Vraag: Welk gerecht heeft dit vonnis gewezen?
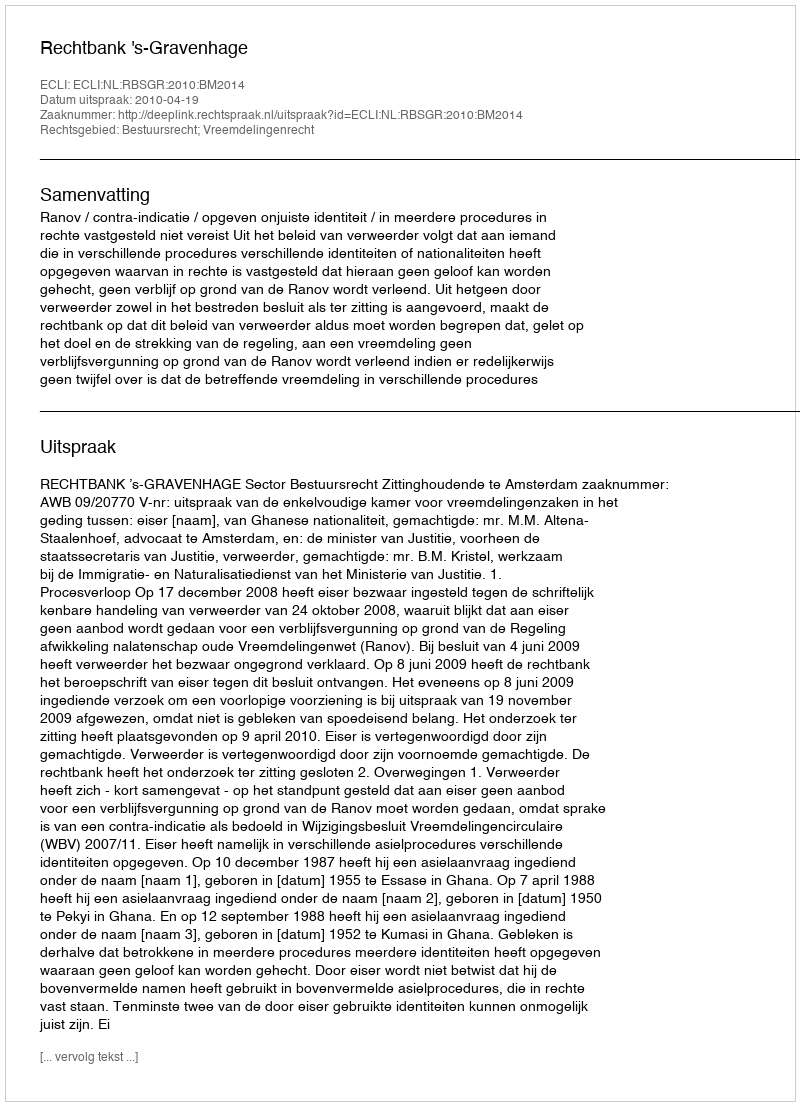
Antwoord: Rechtbank 's-Gravenhage